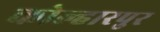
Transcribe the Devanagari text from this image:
कोल्हारपुर